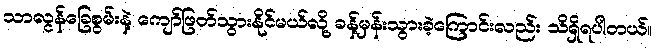
သာလွန်ခြေစွမ်းနဲ့ ကျော်ဖြတ်သွားနိုင်မယ်လို့ ခန့်မှန်းသွားခဲ့ကြောင်းလည်း သိရှိရပါတယ်။